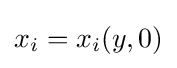
x_{i}=x_{i}(y,0)